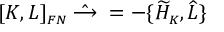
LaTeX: [ K , L ] _ { \scriptscriptstyle F N } \; \hat { \longrightarrow } \; = - \{ \widetilde { \cal H } _ { \scriptscriptstyle K } , \widehat { L } \}